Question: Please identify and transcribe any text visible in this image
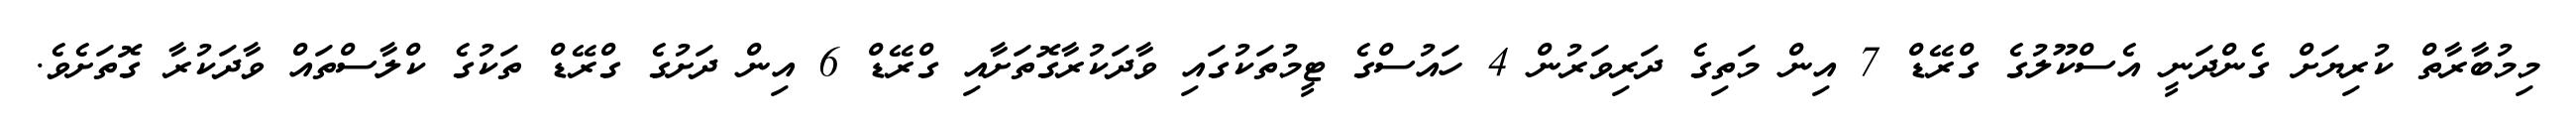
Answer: މިމުބާރާތް ކުރިޔަށް ގެންދަނީ އެސްކޫލުގެ ގްރޭޑް 7 އިން މަތިގެ ދަރިވަރުން 4 ހައުސްގެ ޓީމުތަކުގައި ވާދަކުރާގޮތަށާއި ގްރޭޑް 6 އިން ދަށުގެ ގްރޭޑް ތަކުގެ ކްލާސްތައް ވާދަކުރާ ގޮތަށެވެ.